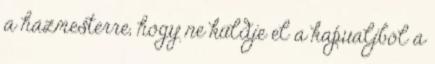
a házmesterre, hogy ne küldje el a kapualjból a